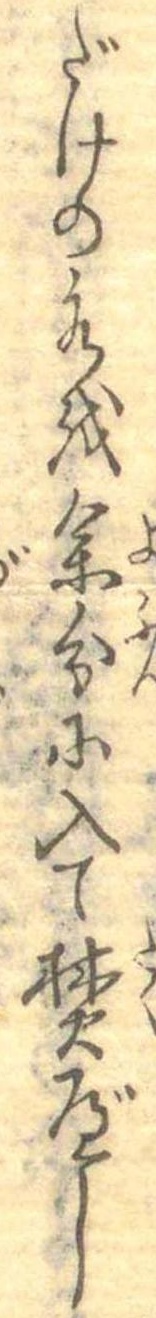
だけの水を余分に入て焚べし